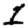
Digit: 1